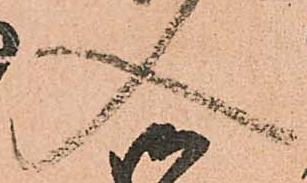
入